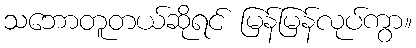
သဘောတူတယ်ဆိုရင် မြန်မြန်လုပ်ကွာ။